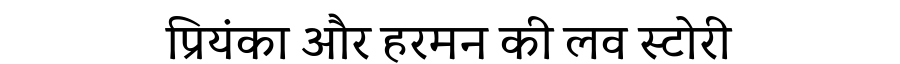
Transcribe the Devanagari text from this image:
प्रियंका और हरमन की लव स्टोरी